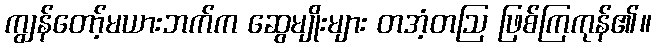
ကျွန်တော့်မယားဘက်က ဆွေမျိုးများ တအံ့တဩ ဖြစ်ကြကုန်၏။